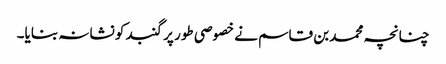
چنانچہ محمد بن قاسم نے خصوصی طور پر گنبد کو نشانہ بنایا۔